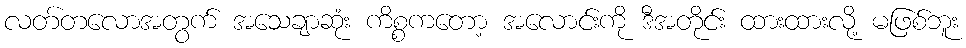
လတ်တလောအတွက် အသေချာဆုံး ကိစ္စကတော့ အလောင်းကို ဒီအတိုင်း ထားထားလို့ မဖြစ်ဘူး